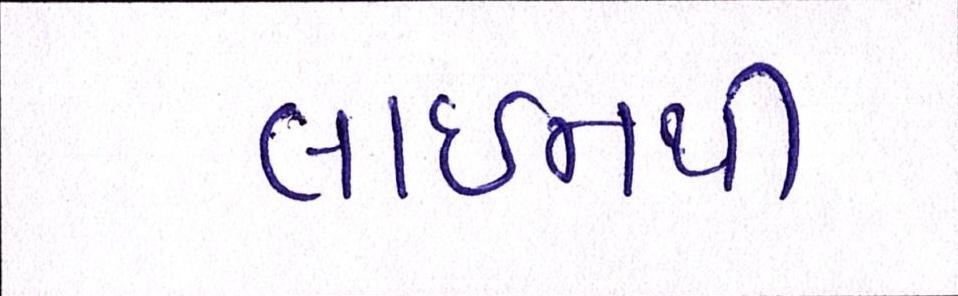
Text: લાઈનથી